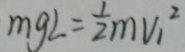
m g L = \frac { 1 } { 2 } m V _ { 1 } ^ { 2 }